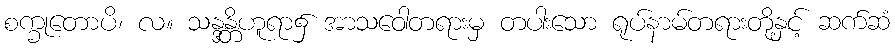
စက္ခုတောပိ၊ လ။ သန္ဒန္တိဟူရာ၌ အာသဝေါတရားမှ တပါးသော ရုပ်နာမ်တရားတို့နှင့် ဆက်ဆံ